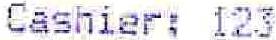
CASHIER: 123